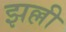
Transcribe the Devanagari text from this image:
झल्ली